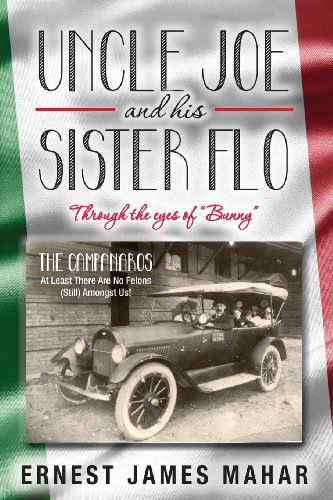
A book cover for Uncle Joe and His Sister Flo: Through the Eyes of Bunny; Ernest James Mahar; Parenting & Relationships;